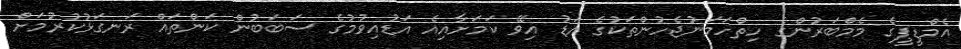
އެމްޑީޕީގެ މެމްބަރުންގެ ހިތްހަމަނުޖެހުންތަކުގެ އަޑު އިވޭ ކަމަށާއިއެ އަޑުއިވުމުގެ ސަބަބުން ކަންތައް ރަނގަޅުކުރުމަށް